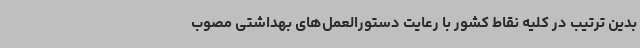
بدین ترتیب در کلیه نقاط کشور با رعایت دستورالعمل‌های بهداشتی مصوب